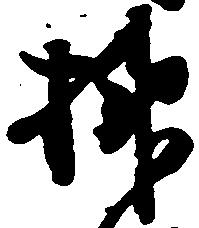
榊